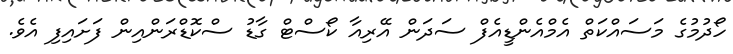
ހޯދުމުގެ މަސައްކަތް އެމްއެންޑީއެފް ސަދަން އޭރިއާ ކޯސްޓް ގާޑު ސްކޮޑްރަންއިން ފަށައިފި އެވެ.